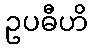
ဥပဓီဟိ